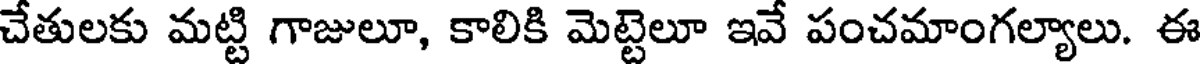
చేతులకు మట్టి గాజులూ, కాలికి మెట్టెలూ ఇవే పంచమాంగల్యాలు. ఈ